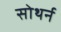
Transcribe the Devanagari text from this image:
सोथर्न